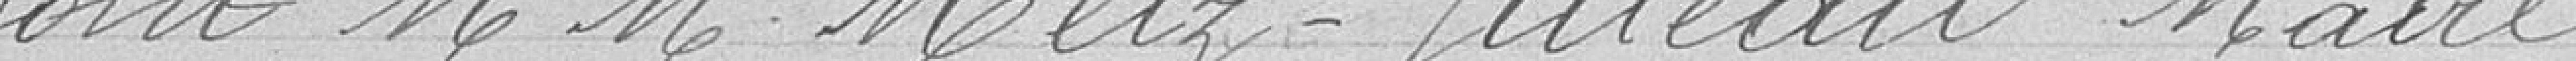
Ceux sont Messieurs METZ- JUTEAU Maire